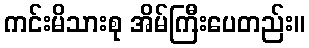
ကင်းမိသားစု အိမ်ကြီးပေတည်း။